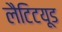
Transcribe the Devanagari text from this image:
लैटिटयूड